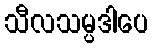
သီလသမ္ပဒါပေ